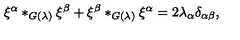
\xi ^ { \alpha } * _ { G ( \lambda ) } \xi ^ { \beta } + \xi ^ { \beta } * _ { G ( \lambda ) } \xi ^ { \alpha } = 2 \lambda _ { \alpha } \delta _ { \alpha \beta } ,